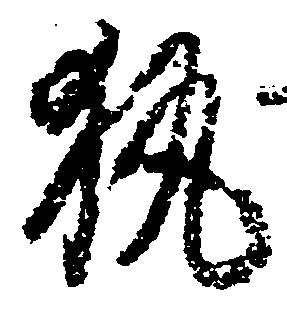
執